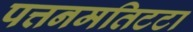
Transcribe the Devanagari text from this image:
पत्तनमतिटटा